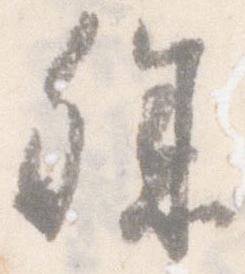
殊